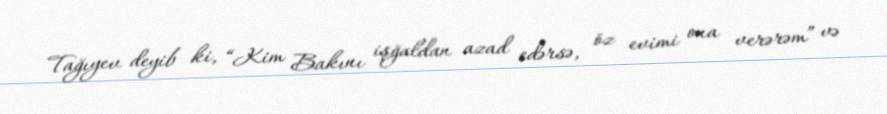
Tağıyev deyib ki, “Kim Bakını işğaldan azad edərsə, öz evimi ona verərəm” və